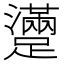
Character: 𨆻